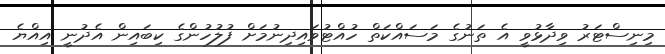
މިނިސްޓަރު ވިދާޅުވީ އެ ތަނުގެ މަސައްކަތް ހުއްޓުވައިދިނުމަށް ފުލުހުންގެ ކިބައިން އެދުނީ އިއްޔެ